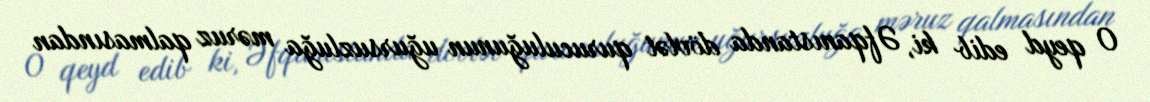
O qeyd edib ki, Əfqanıstanda dövlət quruculuğunun uğursuzluğa məruz qalmasından